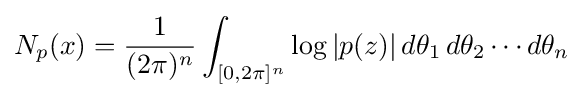
N_{p}(x)={\frac {1}{(2\pi )^{n}}}\int _{[0,2\pi ]^{n}}\log |p(z)|\,d\theta _{1}\,d\theta _{2}\cdots d\theta _{n}